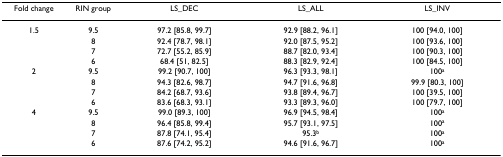
| Fold change | RIN group | LS_DEC | LS_ALL | LS_INV |
 | --- | --- | --- | --- | --- |
 | 1.5 | 9.5 | 97.2 [85.8, 99.7] | 92.9 [88.2, 96.1] | 100 [94.0, 100] |
 |  | 8 | 92.4 [78.7, 98.1] | 92.0 [87.5, 95.2] | 100 [93.6, 100] |
 |  | 7 | 72.7 [55.2, 85.9] | 88.7 [82.0, 93.4] | 100 [90.3, 100] |
 |  | 6 | 68.4 [51, 82.5] | 88.3 [82.9, 92.4] | 100 [84.5, 100] |
 | 2 | 9.5 | 99.2 [90.7, 100] | 96.3 [93.3, 98.1] | 100a |
 |  | 8 | 94.3 [82.6, 98.7] | 94.7 [91.6, 96.8] | 99.9 [80.3, 100] |
 |  | 7 | 84.2 [68.7, 93.6] | 93.8 [89.4, 96.7] | 100 [39.5, 100] |
 |  | 6 | 83.6 [68.3, 93.1] | 93.3 [89.3, 96.0] | 100 [79.7, 100] |
 | 4 | 9.5 | 99.0 [89.3, 100] | 96.9 [94.5, 98.4] | 100a |
 |  | 8 | 96.4 [85.8, 99.4] | 95.7 [93.1, 97.5] | 100a |
 |  | 7 | 87.8 [74.1, 95.4] | 95.3b | 100a |
 |  | 6 | 87.6 [74.2, 95.2] | 94.6 [91.6, 96.7] | 100a |